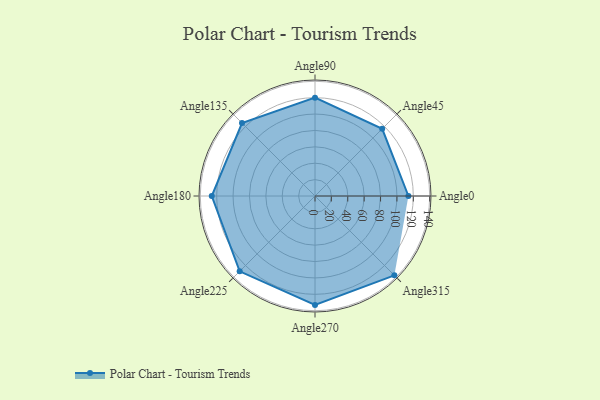
{"axis": {"x": "Angle", "y": "Radius"}, "legend": [""], "data": [{"x": "Angle0", "y": 114.0, "type": ""}, {"x": "Angle45", "y": 116.0, "type": ""}, {"x": "Angle90", "y": 120.0, "type": ""}, {"x": "Angle135", "y": 126.0, "type": ""}, {"x": "Angle180", "y": 126.0, "type": ""}, {"x": "Angle225", "y": 130.0, "type": ""}, {"x": "Angle270", "y": 133.0, "type": ""}, {"x": "Angle315", "y": 137.0, "type": ""}]}